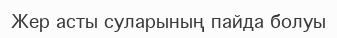
Жер асты суларының пайда болуы